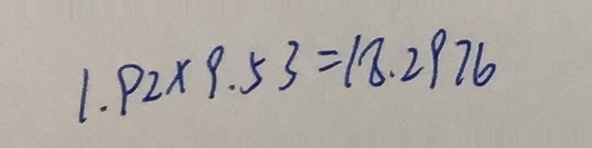
1 . 9 2 \times 9 . 5 3 = 1 8 . 2 9 7 6